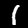
Label: 1